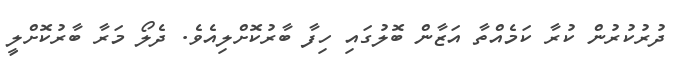
ދުރުކުރުން ކުރާ ކަމެއްތާ އަޒާން ބޮލުގައި ހިފާ ބާރުކޮށްލިއެވެ. ދެލޯ މަރާ ބާރުކޮށްލީ